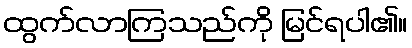
ထွက်လာကြသည်ကို မြင်ရပါ၏။